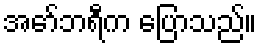
အော်ဘရီက ပြောသည်။